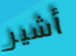
أشير